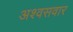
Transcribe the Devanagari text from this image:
अश्वसवार